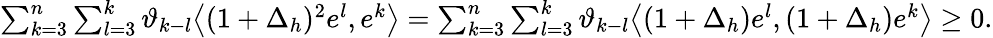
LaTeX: \begin{array}{r}{\sum_{k=3}^{n}\sum_{l=3}^{k}\vartheta_{k-l}\big\langle(1+\Delta_{h})^{2}e^{l},e^{k}\big\rangle=\sum_{k=3}^{n}\sum_{l=3}^{k}\vartheta_{k-l}\big\langle(1+\Delta_{h})e^{l},(1+\Delta_{h})e^{k}\big\rangle\ge 0.}\end{array}